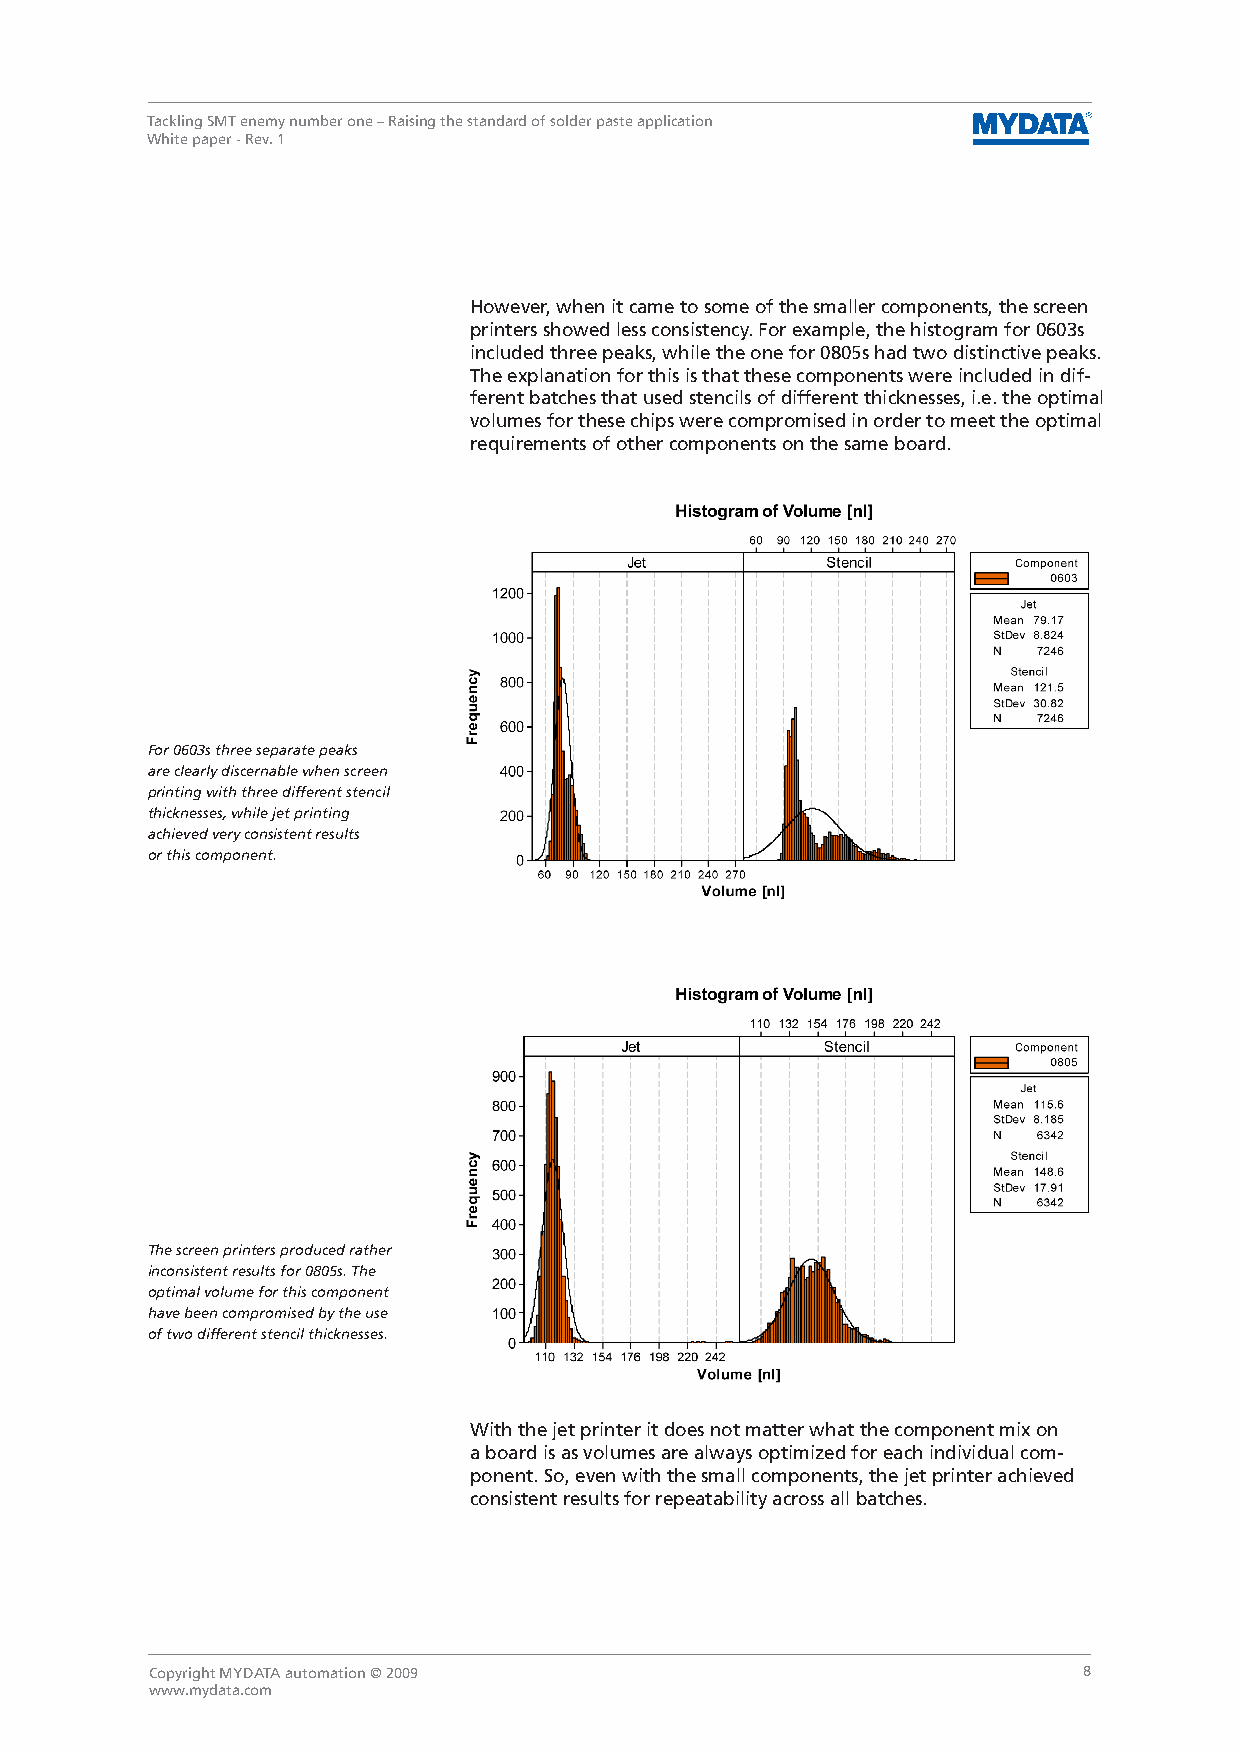
Tackling SMT enemy number one – Raising the standard of solder paste application
 White paper - Rev. 1
 However, when it came to some of the smaller components, the screen
 printers showed less consistency. For example, the histogram for 0603s
 included three peaks, while the one for 0805s had two distinctive peaks.
 The explanation for this is that these components were included in dif-
 ferent batches that used stencils of different thicknesses, i.e. the optimal
 volumes for these chips were compromised in order to meet the optimal
 requirements of other components on the same board.
 For 0603s three separate peaks
 are clearly discernable when screen
 printing with three different stencil
 thicknesses, while jet printing
 achieved very consistent results
 or this component.
 The screen printers produced rather
 inconsistent results for 0805s. The
 optimal volume for this component
 have been compromised by the use
 of two different stencil thicknesses.
 With the jet printer it does not matter what the component mix on
 a board is as volumes are always optimized for each individual com-
 ponent. So, even with the small components, the jet printer achieved
 consistent results for repeatability across all batches.
 Copyright MYDATA automation © 2009                            8
 www.mydata.com